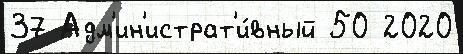
37 Адм'ин'истрат'и́вный 50 2020